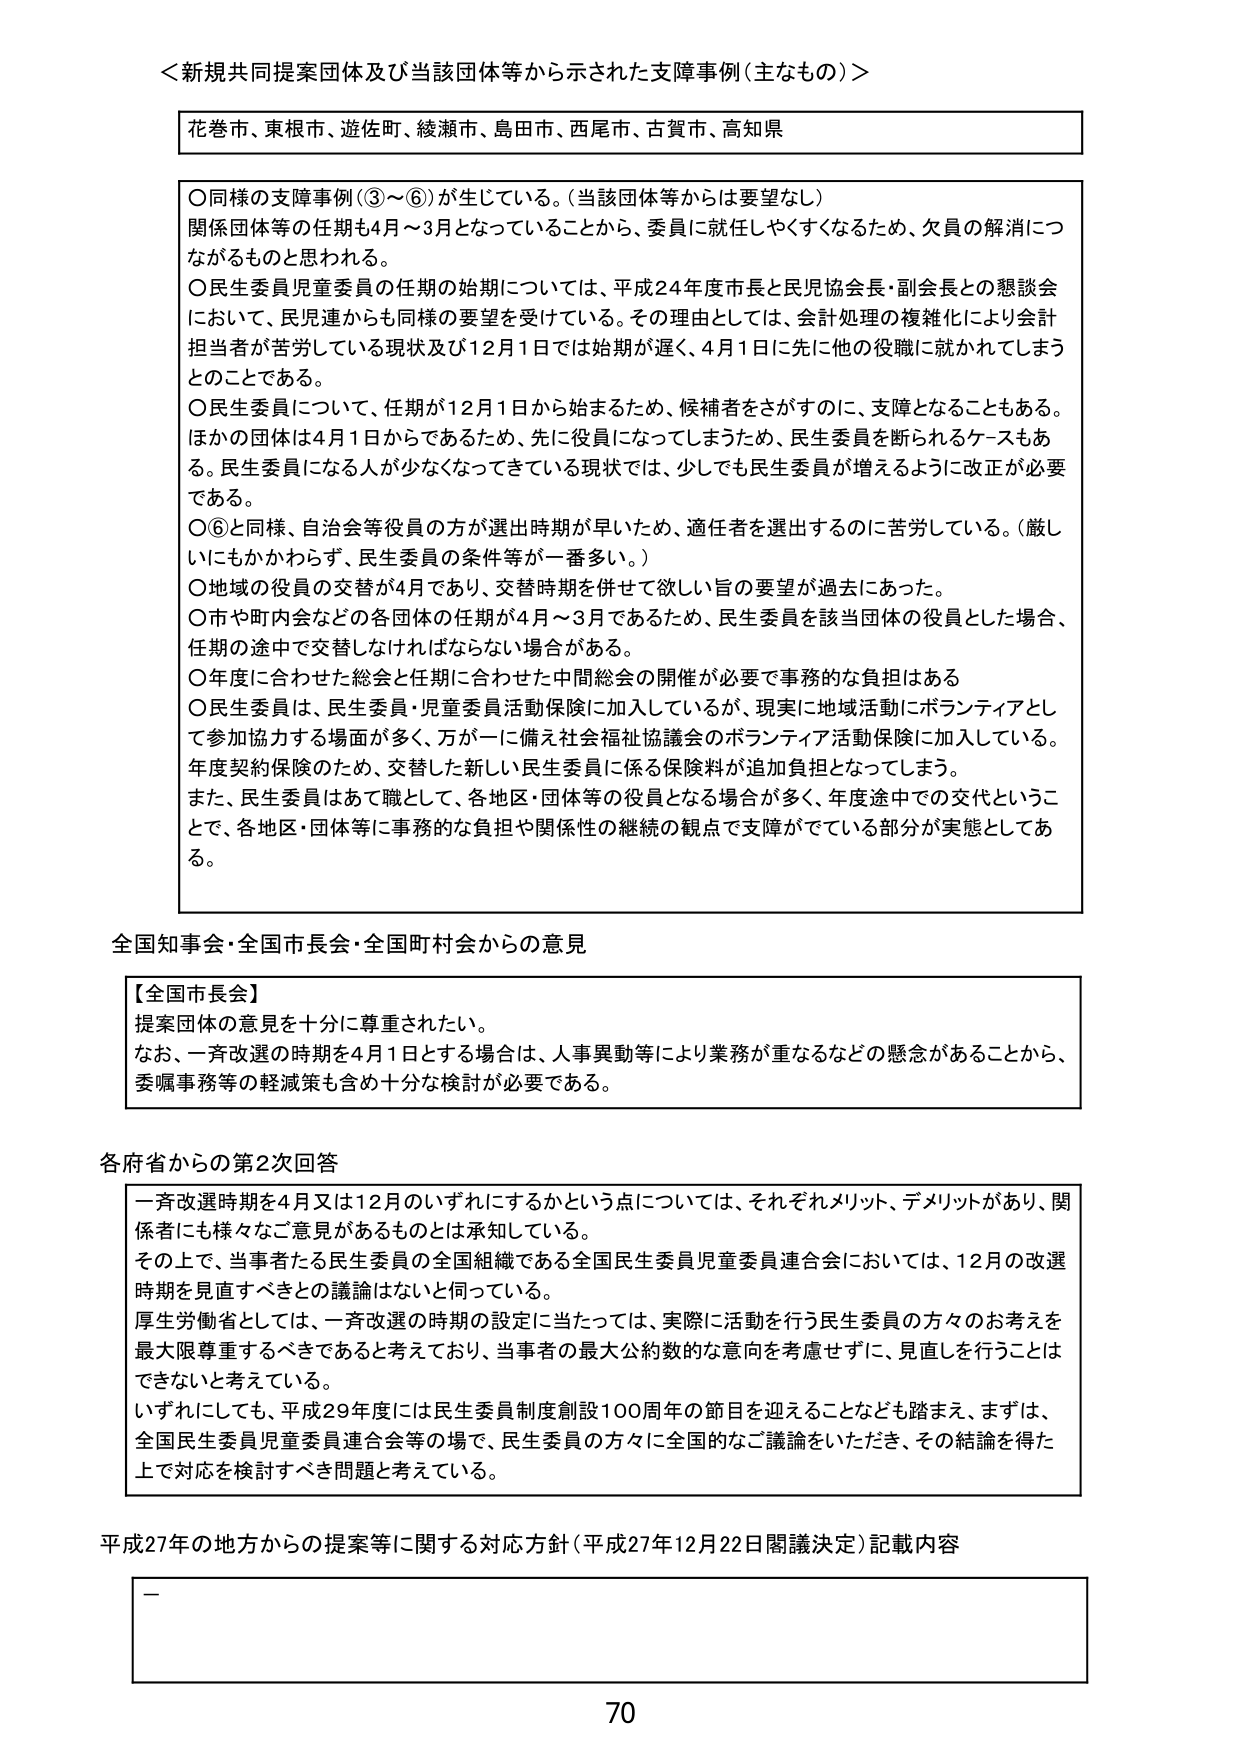
＜新規共同提案団体及び当該団体等から示された支障事例（主なもの）＞

花巻市、東根市、遊佐町、綾瀬市、島田市、西尾市、古賀市、高知県

○ 同様の支障事例（③～⑥）が生じている。（当該団体等からは要望なし）
関係団体等の任期も4月～3月となっていることから、委員に就任しやすくなるため、欠員の解消につながるものと思われる。

○ 民生委員児童委員の任期の始期については、平成24年度市長と民児協会長・副会長との懇談会において、民児連からも同様の要望を受けている。その理由としては、会計処理の複雑化により会計担当者が苦労している現状及び12月1日では始期が遅く、4月1日に先に他の役職に就かれてしまうとのことである。

○ 民生委員について、任期が12月1日から始まるため、候補者をさがすのに、支障となることもある。ほかの団体は4月1日からであるため、先に役員になってしまうため、民生委員を断られるケースもある。民生委員になる人が少なくなってきている現状では、少しでも民生委員が増えるように改正が必要である。

○ ⑥と同様、自治会等役員の方が選出時期が早いため、適任者を選出するのに苦労している。（厳しいにもかかわらず、民生委員の条件等が一番多い。）

○ 地域の役員の交替が4月であり、交替時期を併せて欲しい旨の要望が過去にあった。

○ 市や町内会などの各団体の任期が4月～3月であるため、民生委員を該当団体の役員とした場合、任期の途中で交替しなければならない場合がある。

○ 年度に合わせた総会と任期に合わせた中間総会の開催が必要で事務的な負担はある

○ 民生委員は、民生委員・児童委員活動保険に加入しているが、現実に地域活動にボランティアとして参加協力する場面が多く、万が一に備え社会福祉協議会のボランティア活動保険に加入している。年度契約保険のため、交替した新しい民生委員に係る保険料が追加負担となってしまう。また、民生委員はあて職として、各地区・団体等の役員となる場合が多く、年度途中での交代ということで、各地区・団体等に事務的な負担や関係性の継続的観点で支障がでている部分が実態としてある。

全国知事会・全国市長会・全国町村会からの意見

【全国市長会】
提案団体の意見を十分に尊重されたい。
なお、一斉改選の時期を4月1日とする場合は、人事異動等により業務が重なるなどの懸念があることから、委嘱事務等の軽減策も含め十分な検討が必要である。

各府省からの第2次回答

一斉改選時期を4月又は12月のいずれにするかという点については、それぞれメリット、デメリットがあり、関係者にも様々なご意見があるものとは承知している。
その上で、当事者たる民生委員の全国組織である全国民生委員児童委員連合会においては、12月の改選時期を見直すべきとの議論はないと言っている。
厚生労働省としては、一斉改選の時期の設定に当たっては、実際に活動を行う民生委員の方々のお考えを最大限尊重するべきであると考えており、当事者の最大公約数的な意向を考慮せずに、見直しを行うことはできないと考えている。
いずれにしても、平成29年度には民生委員制度創設100周年の節目を迎えることなども踏まえ、まずは、全国民生委員児童委員連合会等の場で、民生委員の方々に全国的なご議論をいただき、その結論を得た上で対応を検討すべき問題と考えている。

平成27年の地方からの提案等に関する対応方針（平成27年12月22日閣議決定）記載内容

—

70